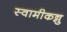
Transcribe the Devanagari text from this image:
स्वामीकन्नु